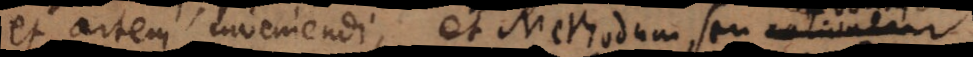
et artem inveniendi, et Methodum seu rationem